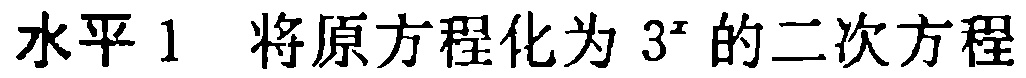
水平 1 将原方程化为 \(3^{x}\) 的二次方程